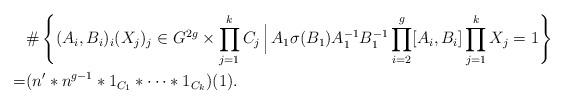
LaTeX: \begin{align*}&\#\left\{(A_i,B_i)_i(X_j)_j\in G^{2g}\times \prod_{j=1}^{k}C_j\Big\arrowvert A_1\sigma(B_1)A_1^{-1}B_1^{-1}\prod_{i=2}^{g}[A_i,B_i]\prod_{j=1}^{k}X_j=1\right\}\\=&(n'\ast n^{g-1}\ast 1_{C_1}\ast\cdots\ast 1_{C_{k}})(1).\end{align*}